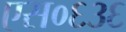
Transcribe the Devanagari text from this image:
एस०६३६